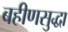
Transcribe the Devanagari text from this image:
बहीणसुद्धा